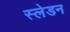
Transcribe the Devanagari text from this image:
स्लेडन